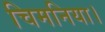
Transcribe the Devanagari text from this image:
चिमनिया।